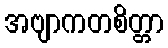
အဗျာကတစိတ္တာ